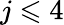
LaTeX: j\leqslant 4